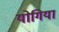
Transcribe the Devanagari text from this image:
योगिया